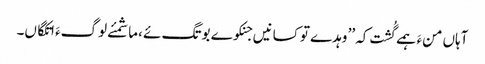
آہاں منءَ ہمے گُشت کہ ’’ وہدے تو کسانیں جنکوے بوتگ ئے ،ما شمئے لوگءَ اتکگاں۔